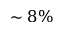
\sim 8 \%